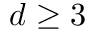
d \geq 3